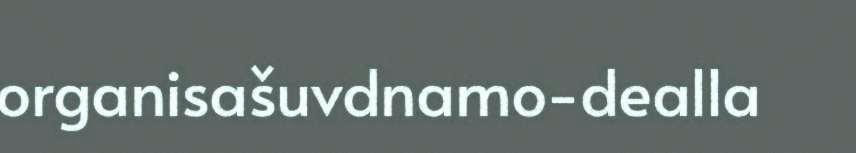
organisašuvdnamo-dealla